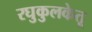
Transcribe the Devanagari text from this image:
रघुकुलकेतू